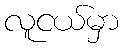
လူငယ်မှာ